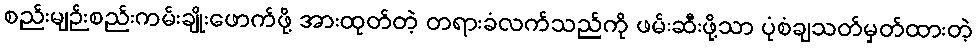
စည်းမျဉ်းစည်းကမ်းချိုးဖောက်ဖို့ အားထုတ်တဲ့ တရားခံလက်သည်ကို ဖမ်းဆီးဖို့သာ ပုံစံချသတ်မှတ်ထားတဲ့